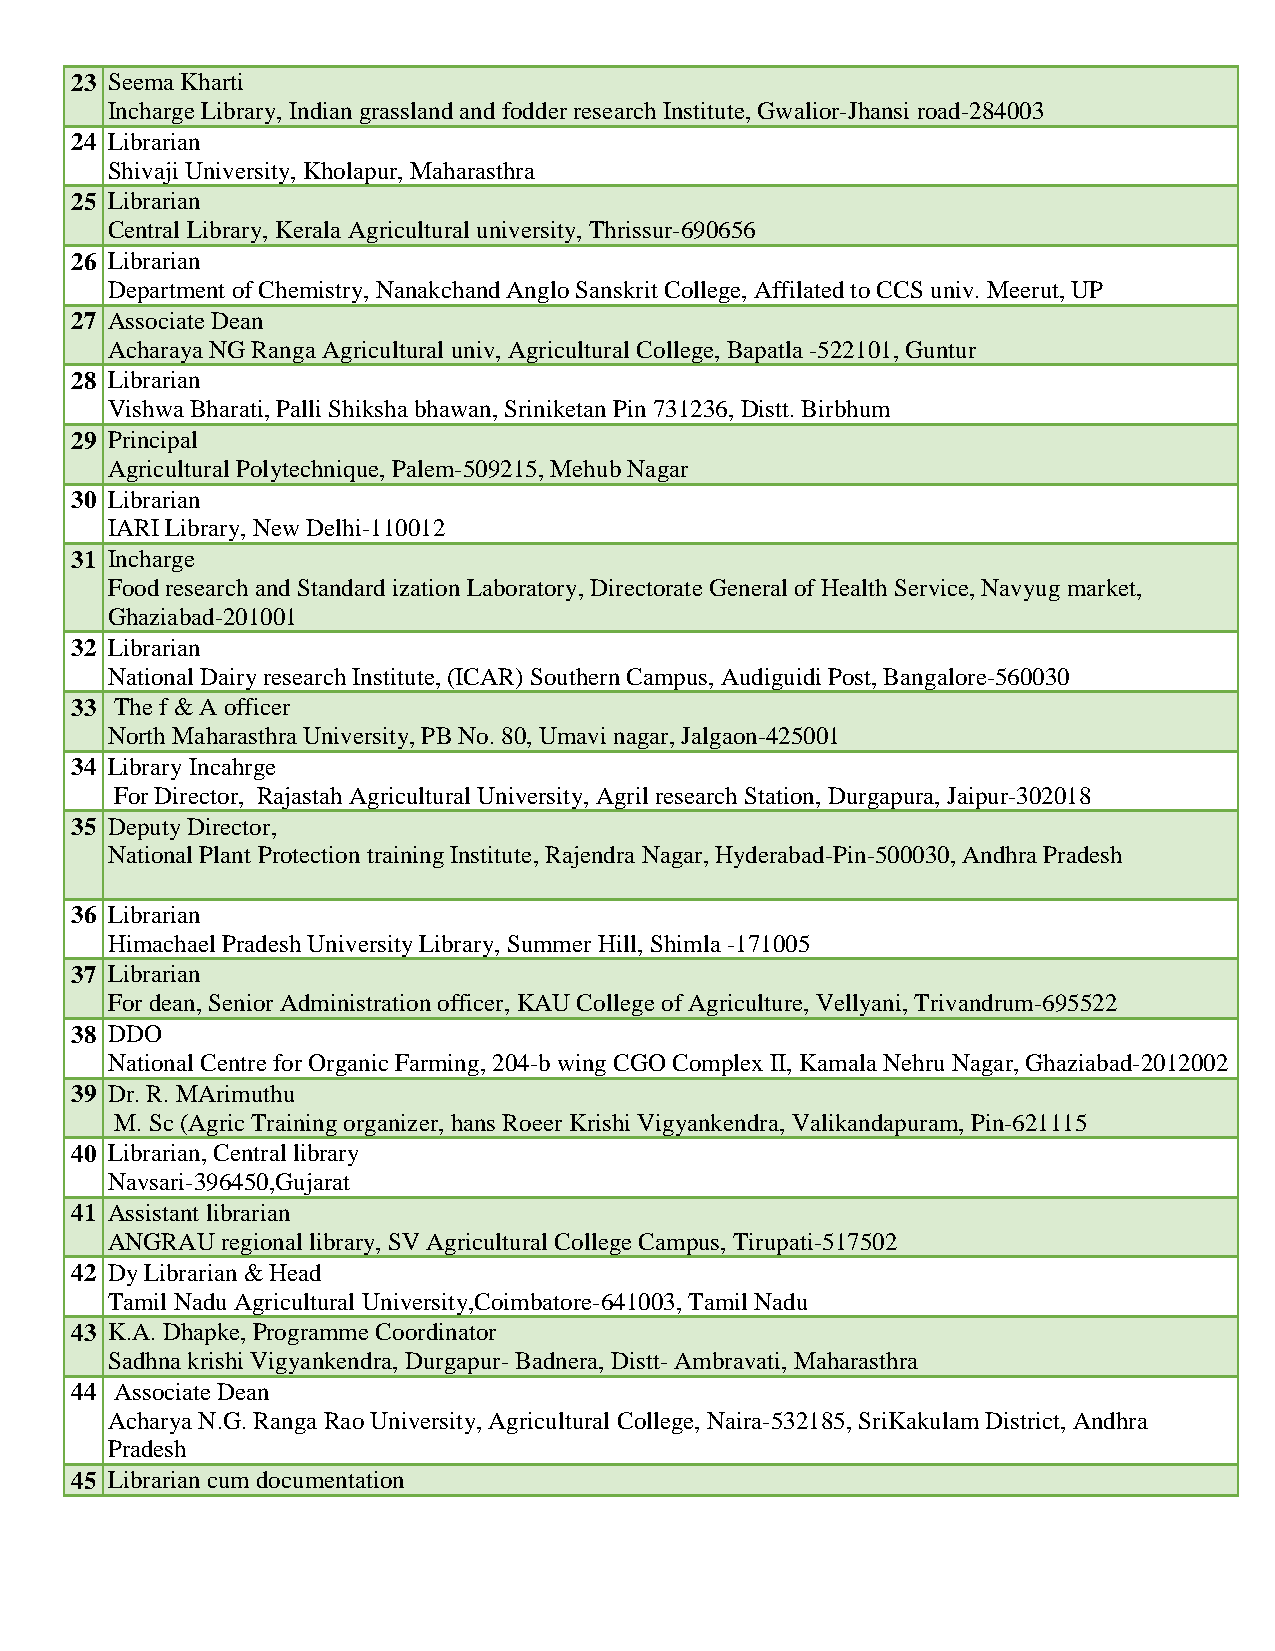
23 Seema Kharti
 Incharge Library, Indian grassland and fodder research Institute, Gwalior-Jhansi road-284003
 24 Librarian
 Shivaji University, Kholapur, Maharasthra
 25 Librarian
 Central Library, Kerala Agricultural university, Thrissur-690656
 26 Librarian
 Department of Chemistry, Nanakchand Anglo Sanskrit College, Affilated to CCS univ. Meerut, UP
 27 Associate Dean
 Acharaya NG Ranga Agricultural univ, Agricultural College, Bapatla -522101, Guntur
 28 Librarian
 Vishwa Bharati, Palli Shiksha bhawan, Sriniketan Pin 731236, Distt. Birbhum
 29 Principal
 Agricultural Polytechnique, Palem-509215, Mehub Nagar
 30 Librarian
 IARI Library, New Delhi-110012
 31 Incharge
 Food research and Standard ization Laboratory, Directorate General of Health Service, Navyug market,
 Ghaziabad-201001
 32 Librarian
 National Dairy research Institute, (ICAR) Southern Campus, Audiguidi Post, Bangalore-560030
 33 The f & A officer
 North Maharasthra University, PB No. 80, Umavi nagar, Jalgaon-425001
 34 Library Incahrge
 For Director, Rajastah Agricultural University, Agril research Station, Durgapura, Jaipur-302018
 35 Deputy Director,
 National Plant Protection training Institute, Rajendra Nagar, Hyderabad-Pin-500030, Andhra Pradesh
 36 Librarian
 Himachael Pradesh University Library, Summer Hill, Shimla -171005
 37 Librarian
 For dean, Senior Administration officer, KAU College of Agriculture, Vellyani, Trivandrum-695522
 38 DDO
 National Centre for Organic Farming, 204-b wing CGO Complex II, Kamala Nehru Nagar, Ghaziabad-2012002
 39 Dr. R. MArimuthu
 M. Sc (Agric Training organizer, hans Roeer Krishi Vigyankendra, Valikandapuram, Pin-621115
 40 Librarian, Central library
 Navsari-396450,Gujarat
 41 Assistant librarian
 ANGRAU  regional library, SV Agricultural College Campus, Tirupati-517502
 42 Dy Librarian & Head
 Tamil Nadu Agricultural University,Coimbatore-641003, Tamil Nadu
 43 K.A. Dhapke, Programme Coordinator
 Sadhna krishi Vigyankendra, Durgapur- Badnera, Distt- Ambravati, Maharasthra
 44 Associate Dean
 Acharya N.G. Ranga Rao University, Agricultural College, Naira-532185, SriKakulam District, Andhra
 Pradesh
 45 Librarian cum documentation